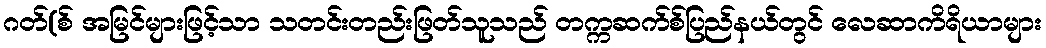
ဂတ်(စ် အမြင်များဖြင့်သာ သတင်းတည်းဖြတ်သူသည် တက္ကဆက်စ်ပြည်နယ်တွင် လေဆာကိရိယာများ